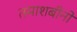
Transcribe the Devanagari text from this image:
तमाशबीनों